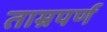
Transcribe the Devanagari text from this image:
ताम्रपर्ण